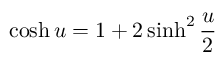
\cosh u = 1 + 2 \sinh ^ { 2 } \frac { u } { 2 }